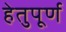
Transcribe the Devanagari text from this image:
हेतुपूर्ण